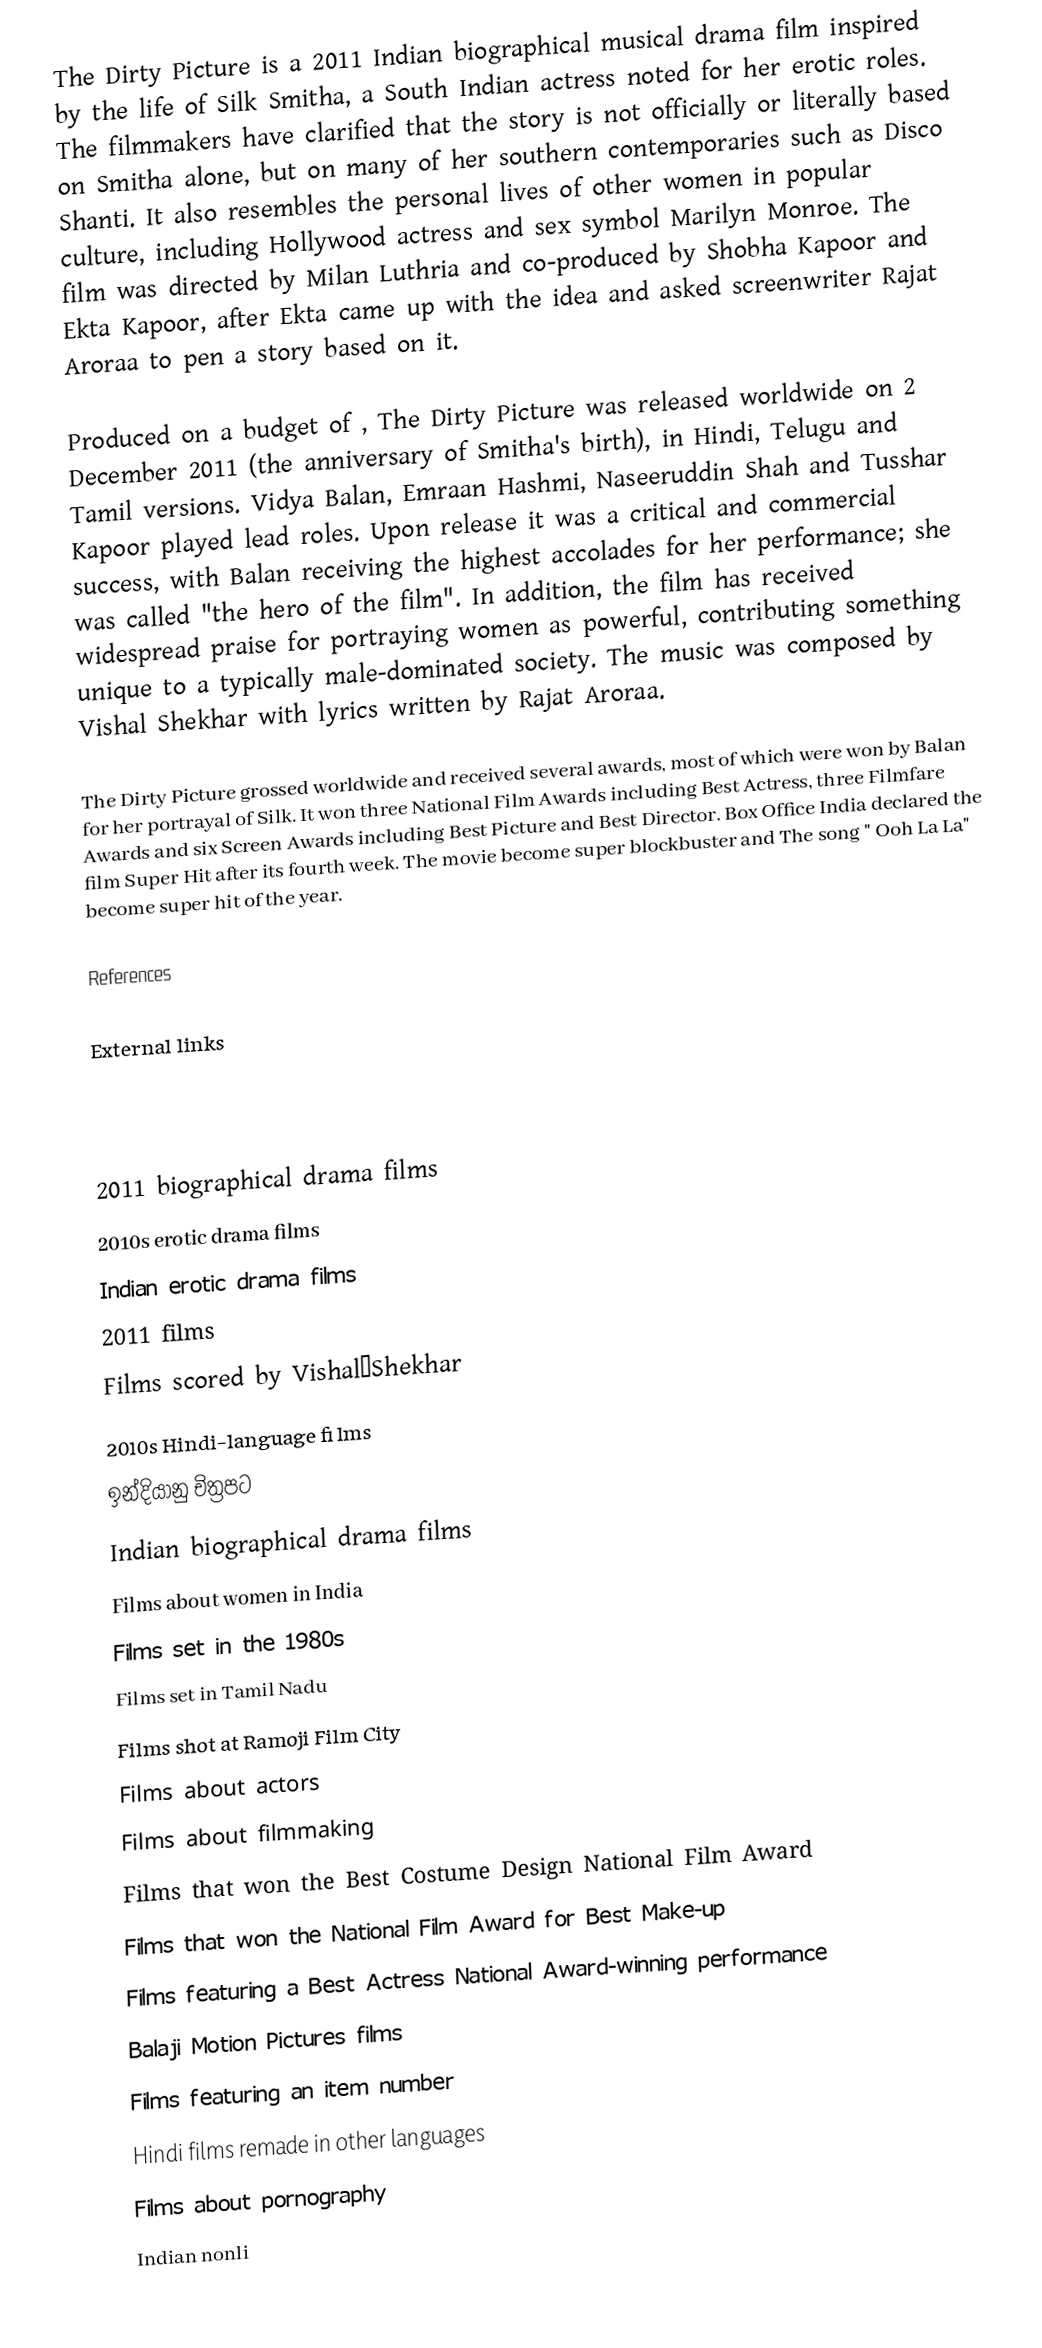
The Dirty Picture is a 2011 Indian biographical musical drama film inspired by the life of Silk Smitha, a South Indian actress noted for her erotic roles. The filmmakers have clarified that the story is not officially or literally based on Smitha alone, but on many of her southern contemporaries such as Disco Shanti. It also resembles the personal lives of other women in popular culture, including Hollywood actress and sex symbol Marilyn Monroe. The film was directed by Milan Luthria and co-produced by Shobha Kapoor and Ekta Kapoor, after Ekta came up with the idea and asked screenwriter Rajat Aroraa to pen a story based on it.

Produced on a budget of , The Dirty Picture was released worldwide on 2 December 2011 (the anniversary of Smitha's birth), in Hindi, Telugu and Tamil versions. Vidya Balan, Emraan Hashmi, Naseeruddin Shah and Tusshar Kapoor played lead roles. Upon release it was a critical and commercial success, with Balan receiving the highest accolades for her performance; she was called "the hero of the film". In addition, the film has received widespread praise for portraying women as powerful, contributing something unique to a typically male-dominated society. The music was composed by Vishal Shekhar with lyrics written by Rajat Aroraa.

The Dirty Picture grossed  worldwide and received several awards, most of which were won by Balan for her portrayal of Silk. It won three National Film Awards including Best Actress, three Filmfare Awards and six Screen Awards including Best Picture and Best Director. Box Office India declared the film Super Hit after its fourth week. The movie become super blockbuster and The song " Ooh La La" become super hit of the year.

References

External links

2011 biographical drama films
2010s erotic drama films
Indian erotic drama films
2011 films
Films scored by Vishal–Shekhar
2010s Hindi-language films
ඉන්දියානු චිත්‍රපට
Indian biographical drama films
Films about women in India
Films set in the 1980s
Films set in Tamil Nadu
Films shot at Ramoji Film City
Films about actors
Films about filmmaking
Films that won the Best Costume Design National Film Award
Films that won the National Film Award for Best Make-up
Films featuring a Best Actress National Award-winning performance
Balaji Motion Pictures films
Films featuring an item number
Hindi films remade in other languages
Films about pornography
Indian nonli